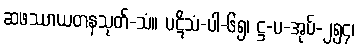
ဆဖဿာယတနသုတ်-သံ။ ပဋိသံ-ပါ-၆၅၊ ဋ္ဌ-ပ-အုပ်-၂၅၄၊